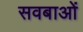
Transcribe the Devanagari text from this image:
सवबाओं